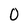
Character: 0